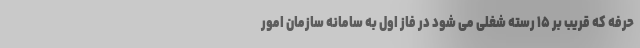
حرفه که قریب بر ۱۵ رسته شغلی می شود در فاز اول به سامانه سازمان امور